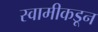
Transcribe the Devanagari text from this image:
स्वामीकडून